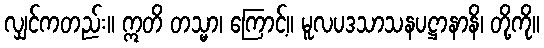
လျှင်ကတည်း။ ဣတိ တသ္မာ၊ ကြောင့်။ မူလပဒသာသနပဋ္ဌာနာနိ၊ တို့ကို။